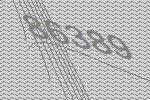
86389